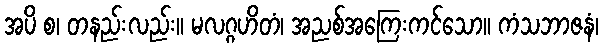
အပိ စ၊ တနည်းလည်း။ မလဂ္ဂဟိတံ၊ အညစ်အကြေးကင်သော။ ကံသဘာဇနံ၊